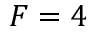
F = 4